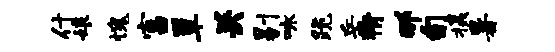
什娘愧富簟关剔咏跪岳猾那旬摄暑